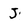
Character: J